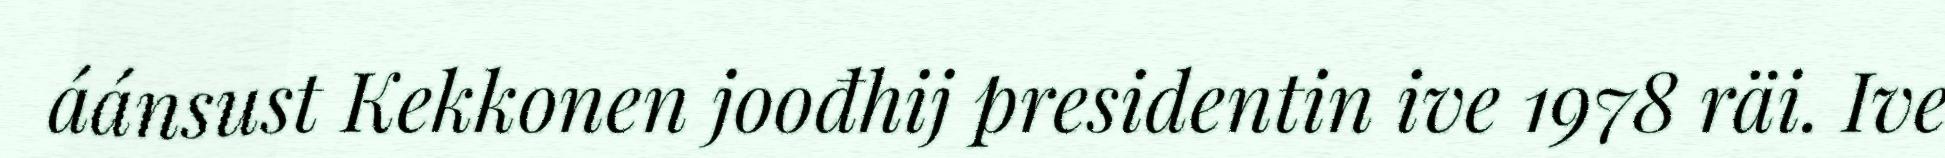
áánsust Kekkonen joođhij presidentin ive 1978 räi. Ive